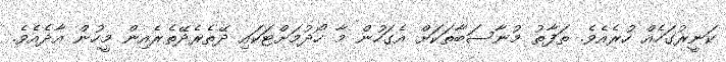
ކަނީރުގަހެއް ހުރެއެވެ. ތަފާތު މުނާސަބާތަކަށް އެގަހުން މާ ހޯދުމަށްޓަކައި ދޭތެރެދޭތެރެއިން މީހުން އާދެއެވެ.